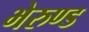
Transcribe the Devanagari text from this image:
भेरुण्ड